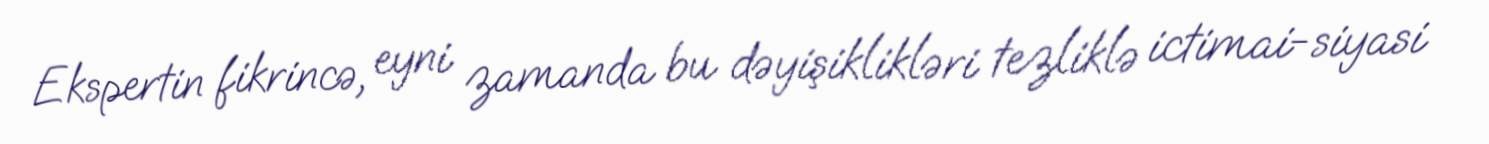
Ekspertin fikrincə, eyni zamanda bu dəyişiklikləri tezliklə ictimai-siyasi